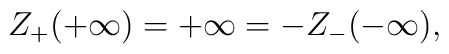
Z_{+}(+\infty )=+\infty =-Z_{-}(-\infty ),